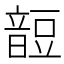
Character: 𧯹